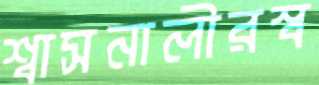
শ্বাসনালীরস্ব